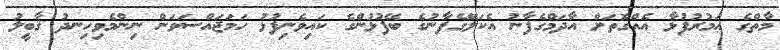
މާތްގެ ޢަމުރުފުޅާ އެއްގޮތަށް އާދަމްގެފާނު އެކަލޭގެފާނުގެ ބޭފުޅުންގެ ކައިވެނިފުޅު ހަމަޖައްސަވަން ނިންމެވިހިނދު ޤާބީލު